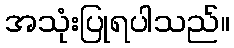
အသုံးပြုရပါသည်။